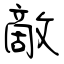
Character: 敵